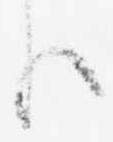
る